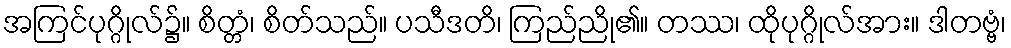
အကြင်ပုဂ္ဂိုလ်၌။ စိတ္တံ၊ စိတ်သည်။ ပသီဒတိ၊ ကြည်ညို၏။ တဿ၊ ထိုပုဂ္ဂိုလ်အား။ ဒါတဗ္ဗံ၊